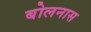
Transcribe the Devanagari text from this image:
बोलनास